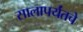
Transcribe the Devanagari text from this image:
सालापर्यंतचे